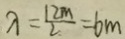
\lambda = \frac { 1 2 m } { 2 } = 6 m